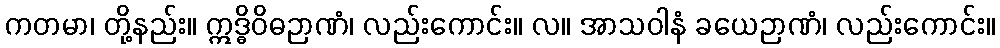
ကတမာ၊ တို့နည်း။ ဣဒ္ဓိဝိဓဉာဏံ၊ လည်းကောင်း။ လ။ အာသဝါနံ ခယေဉာဏံ၊ လည်းကောင်း။